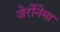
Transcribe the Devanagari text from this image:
जेर्रोनेमा